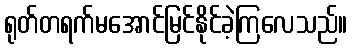
ရုတ်တရက်မအောင်မြင်နိုင်ခဲ့ကြလေသည်။